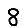
Digit: 8